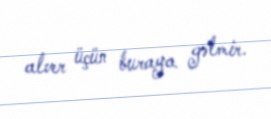
alver üçün buraya gəlmir.